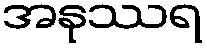
အနုဿရ